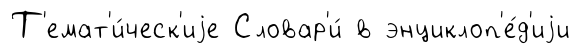
Т'емат'и́ческ'иjе Словар'и́ в энциклоп'е́д'иjи